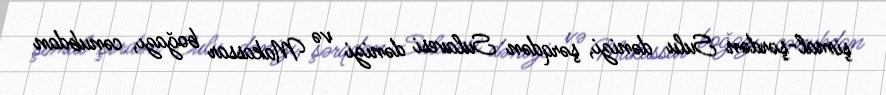
şimal-şərdən Sulu dənizi, şərqdən Sulavesi dənizi və Makassar boğazı, cənubdan